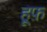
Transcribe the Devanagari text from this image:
हूफ़